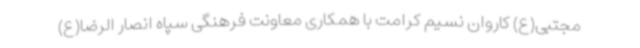
مجتبی(ع) کاروان نسیم کرامت با همکاری معاونت فرهنگی سپاه انصار الرضا(ع)